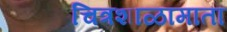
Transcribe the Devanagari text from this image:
चित्रशाळामाता